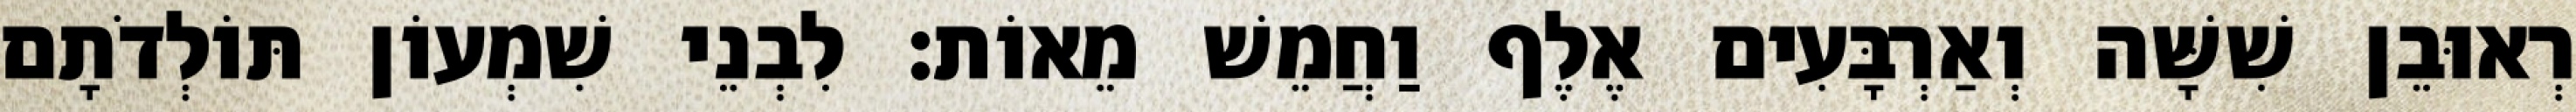
רְאוּבֵן שִׁשָּׁה וְאַרְבָּעִים אֶלֶף וַחֲמֵשׁ מֵאוֹת׃ לִבְנֵי שִׁמְעוֹן תּוֹלְדֹתָם